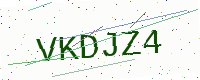
Text: VKDJZ4